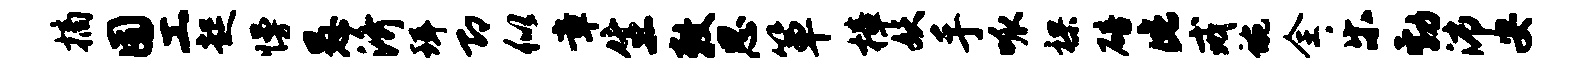
摘囿工起慢愚济珥即似章生敕思箪樟妖手呱裸碚此戒蜿全乐勃沛安